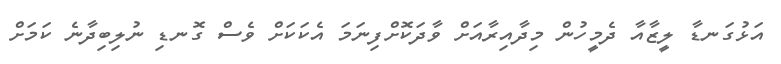
އަޅުގަނޑާ ލީޒާއާ ދެމީހުން މިދާއިރާއަށް ވާދަކޮށްފިނަމަ އެކަކަށް ވެސް ގޮނޑި ނުލިބިދާނެ ކަމަށް